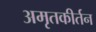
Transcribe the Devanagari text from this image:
अमृतकीर्तन